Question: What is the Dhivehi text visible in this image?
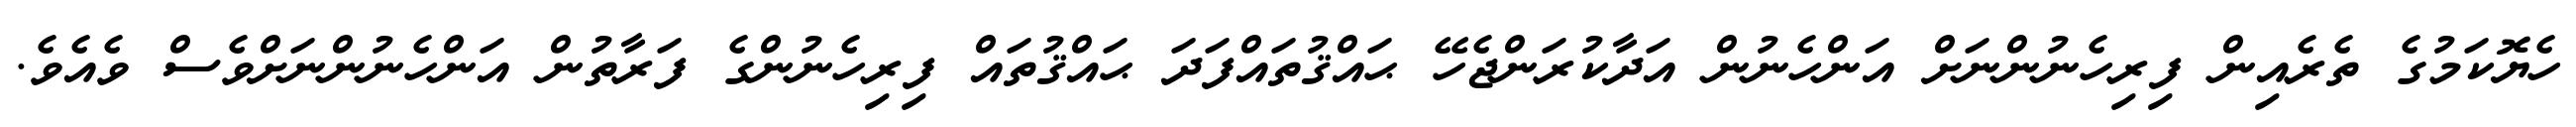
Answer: ހެޔޮކަމުގެ ތެރެއިން ފިރިހެނުންނަށް އަންހެނުން އަދާކުރަންޖެހޭ ޙައްޤުތައްފަދަ ޙައްޤުތައް ފިރިހެނުންގެ ފަރާތުން އަންހެނުންނަށްވެސް ވެއެވެ.